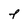
Character: l